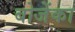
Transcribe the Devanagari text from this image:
बोजेंका